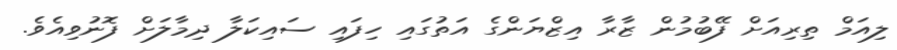
ލިއަމް ތިރިއަށް ފޭބުމުން ޒާރާ އިޒްޔަންގެ އަތުގައި ހިފައި ސައިކަލާ ދިމާލަށް ފޮނުވިއެވެ.